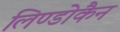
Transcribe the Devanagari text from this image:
लिण्डोकैन